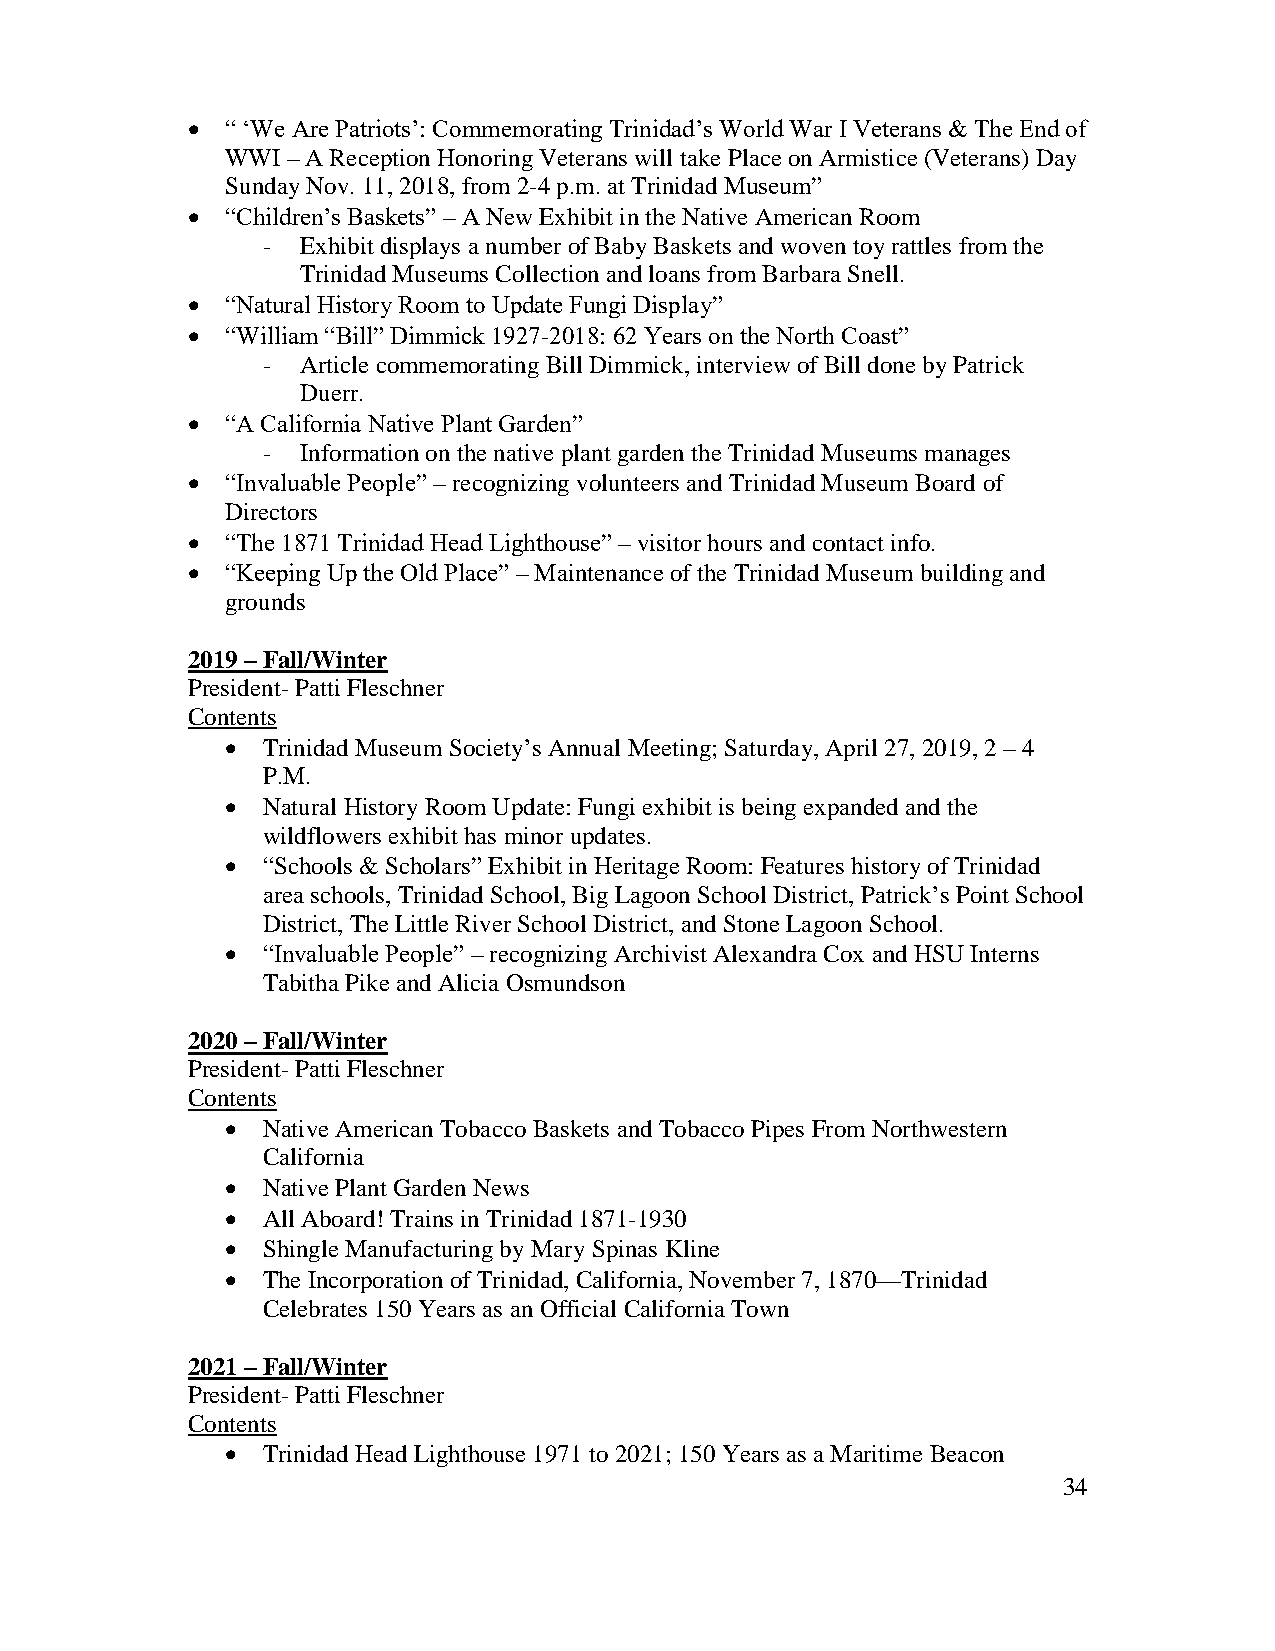
  “ ‘We Are Patriots’: Commemorating Trinidad’s World War I Veterans & The End of
 WWI – A Reception Honoring Veterans will take Place on Armistice (Veterans) Day
 Sunday Nov. 11, 2018, from 2-4 p.m. at Trinidad Museum”
   “Children’s Baskets” – A New Exhibit in the Native American Room
 -  Exhibit displays a number of Baby Baskets and woven toy rattles from the
 Trinidad Museums Collection and loans from Barbara Snell.
   “Natural History Room to Update Fungi Display”
   “William “Bill” Dimmick 1927-2018: 62 Years on the North Coast”
 -  Article commemorating Bill Dimmick, interview of Bill done by Patrick
 Duerr.
   “A California Native Plant Garden”
 -  Information on the native plant garden the Trinidad Museums manages
   “Invaluable People” – recognizing volunteers and Trinidad Museum Board of
 Directors
   “The 1871 Trinidad Head Lighthouse” – visitor hours and contact info.
   “Keeping Up the Old Place” – Maintenance of the Trinidad Museum building and
 grounds
 2019 – Fall/Winter
 President- Patti Fleschner
 Contents
  Trinidad Museum Society’s Annual Meeting; Saturday, April 27, 2019, 2 – 4
 P.M.
  Natural History Room Update: Fungi exhibit is being expanded and the
 wildflowers exhibit has minor updates.
  “Schools & Scholars” Exhibit in Heritage Room: Features history of Trinidad
 area schools, Trinidad School, Big Lagoon School District, Patrick’s Point School
 District, The Little River School District, and Stone Lagoon School.
  “Invaluable People” – recognizing Archivist Alexandra Cox and HSU Interns
 Tabitha Pike and Alicia Osmundson
 2020 – Fall/Winter
 President- Patti Fleschner
 Contents
  Native American Tobacco Baskets and Tobacco Pipes From Northwestern
 California
  Native Plant Garden News
  All Aboard! Trains in Trinidad 1871-1930
  Shingle Manufacturing by Mary Spinas Kline
  The Incorporation of Trinidad, California, November 7, 1870—Trinidad
 Celebrates 150 Years as an Official California Town
 2021 – Fall/Winter
 President- Patti Fleschner
 Contents
  Trinidad Head Lighthouse 1971 to 2021; 150 Years as a Maritime Beacon
 34